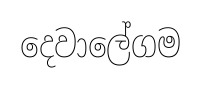
දෙවාලේගම